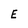
Character: E